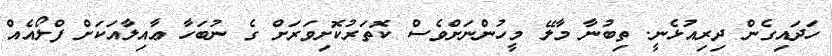
ހަދައިގެން ދިރިއުޅެނީ. ތިބުނާ މާލޭ މީހުންނަށްވެސް ކޮތަރުކޮށިވަރަށް ގެ ނުބަހާ ޢާއިލާއަކަށް ފްލޯއެއް